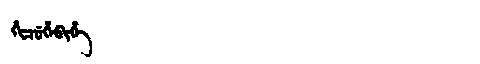
Manchu: ᡥᡳᠴᡠᡥᡝᠪᡳᡥᡝ
Romanization: HICUHEBIHE